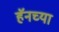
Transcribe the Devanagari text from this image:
हॅनच्या